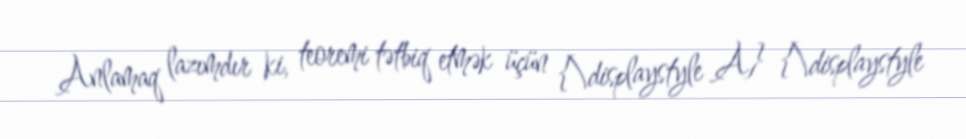
Anlamaq lazımdır ki, teoremi tətbiq etmək üçün {\displaystyle A} {\displaystyle